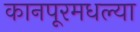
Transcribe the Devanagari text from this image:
कानपूरमधल्या